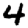
Digit: 4